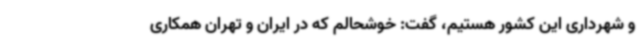
و شهرداری این کشور هستیم، گفت:‌ خوشحالم که در ایران و تهران همکاری